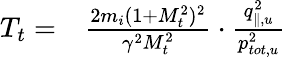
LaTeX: \begin{array}{rl}{T_{t}=}&{{}\frac{2m_{i}(1+M_{t}^{2})^{2}}{\gamma^{2}M_{t}^{2}}\cdot\frac{q_{\parallel,u}^{2}}{p_{tot,u}^{2}}}\end{array}